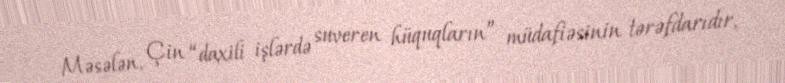
Məsələn, Çin “daxili işlərdə suveren hüquqların” müdafiəsinin tərəfdarıdır,